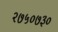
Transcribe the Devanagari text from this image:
२७५०७३०